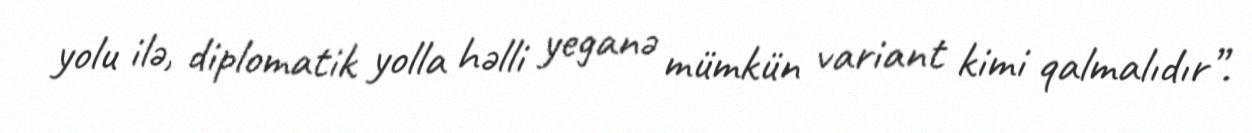
yolu ilə, diplomatik yolla həlli yeganə mümkün variant kimi qalmalıdır”.